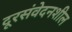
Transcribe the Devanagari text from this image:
दूरसंवेदनशील